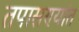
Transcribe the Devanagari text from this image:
तपासण्यांत